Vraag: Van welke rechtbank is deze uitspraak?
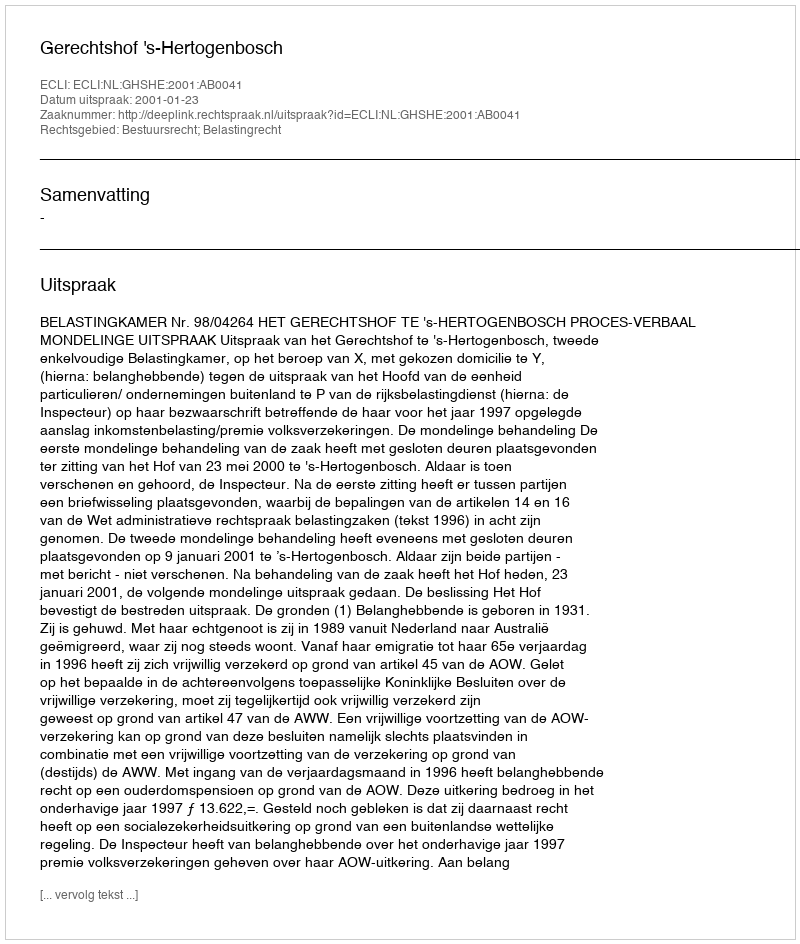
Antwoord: Gerechtshof 's-Hertogenbosch